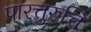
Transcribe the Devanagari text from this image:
पारत्तुरुत्ति